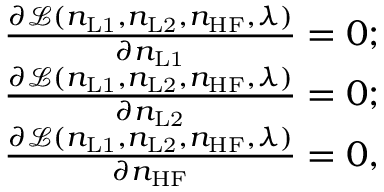
\begin{array} { r } { \frac { \partial \mathcal { L } ( n _ { \mathrm { L 1 } } , n _ { \mathrm { L 2 } } , n _ { \mathrm { H F } } , \lambda ) } { \partial n _ { \mathrm { L 1 } } } = 0 ; } \\ { \frac { \partial \mathcal { L } ( n _ { \mathrm { L 1 } } , n _ { \mathrm { L 2 } } , n _ { \mathrm { H F } } , \lambda ) } { \partial n _ { \mathrm { L 2 } } } = 0 ; } \\ { \frac { \partial \mathcal { L } ( n _ { \mathrm { L 1 } } , n _ { \mathrm { L 2 } } , n _ { \mathrm { H F } } , \lambda ) } { \partial n _ { \mathrm { H F } } } = 0 , } \end{array}